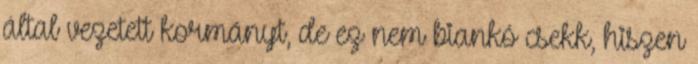
által vezetett kormányt, de ez nem biankó csekk, hiszen